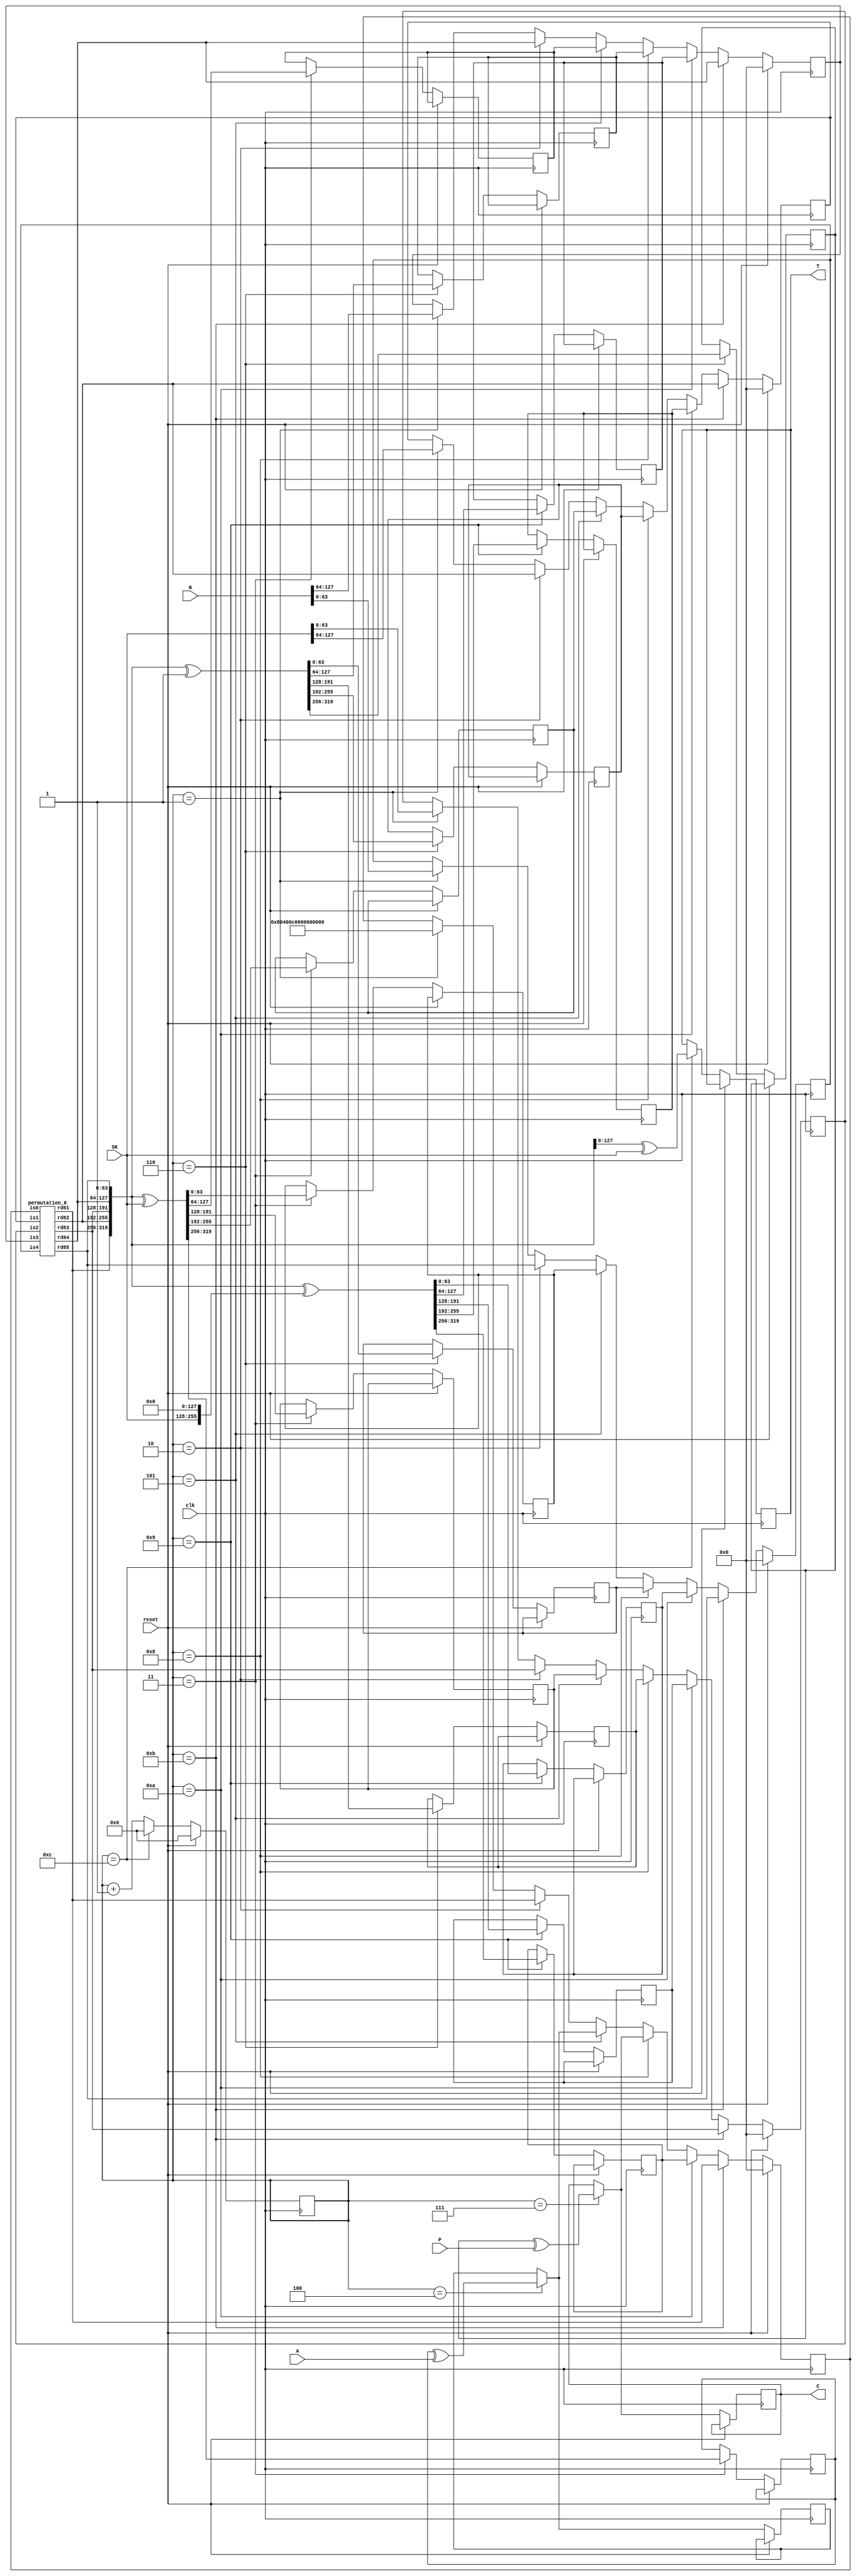
`timescale 1ns / 1ps
//!
//! **PROJECT:**             Lightweight Ascon
//!
//! **LANGUAGE:**            Verilog
//!
//! **FILE:**                encrypt_6blocks_128
//!
//! **AUTHOR(S):**
//!
//!   - Kashif Inayat      - kashif.inayat@inu.ac.kr
//!   - SafiUllah Khan     - safi.jadoon@live.com
//!
//! **CONTRIBUTORS:**
//!
//!   - Fahad Bin Muslim   - fahadbinmuslim@gmail.com
//!
//! **REVISION:**
//!   * 0.0.1 - Initial release. 2024-05-27
//!
//!
//! | Doc | Schematic | TB | ASRT |Params. Val.| Synthesis test| Unify Interface| Functional Model |
//! |-----|-----------|----|------|------------|---------------|----------------|------------------|
//! |    |          |   |     |           |              |               |                 |
module encrypt_6blocks_128(SK, N, A, P, clk, reset, C, T);
    
    input  [127:0] SK, N;
    input  [63:0] A;
    input  [63:0] P;
    input  clk, reset;

    output reg [63:0] C;
    output reg [127:0] T;

    wire [63:0] IV;

    wire [63:0] s11, s12, s13, s14, s15;
    reg [63:0] s21, s22, s23, s24, s25;
    reg [63:0] s31, s32, s33, s34, s35;
    reg [63:0] s41, s42, s43, s44, s45;

    reg  [63:0] i0, i1, i2, i3, i4;
    reg  [7:0] a;
    wire [63:0] o0, o1, o2, o3, o4;
    wire [63:0] s0, s1, s2, s3, s4;
    reg  [5:0] count;
    reg [63:0] t21;

reg [63:0] r10, r11, r12, r13, r14;

assign IV = 64'h80400c0600000000;

assign {s11, s12, s13, s14, s15} = {IV, SK, N};

    permutation_6 p1 (i0, i1, i2, i3, i4, o0, o1, o2, o3, o4);

    assign s0 = o0;
    assign s1 = o1;
    assign s2 = o2;
    assign s3 = o3;
    assign s4 = o4;

        always @(posedge clk)
        begin
                if (reset)
                begin
                count <= 0;
                i0 <= 64'd0;
                i1 <= 64'd0;
                i2 <= 64'd0;
                i3 <= 64'd0;
                i4 <= 64'd0;
                a <= 8'hff;
                end
        else begin
                if (count == 1)
                begin
                i0 <= s11;
                i1 <= s12;
                i2 <= s13;
                i3 <= s14;
                i4 <= s15;
                a <= 8'hff;
                end
                if (count == 2)
                begin
                i0 <= s0;
                i1 <= s1;
                i2 <= s2;
                i3 <= s3;
                i4 <= s4;
                a <= 8'ha5;
                end
              
                
                        if (count == 3)
                        begin
                        {s21, s22, s23, s24, s25} <= {s0, s1, s2, s3, s4} ^ {192'b00, SK};
                        end
                        
                        if (count == 4)
                        begin
                        t21 = s21 ^ A;
                        end
                        
                        if (count == 5)
                        begin
                        i0<=t21;
                        i1<=s22;
                        i2<=s23;
                        i3<=s24;
                        i4<=s25;
                        a <= 8'ha5;
                        end

                        
                                if (count == 6)
                                begin
                                {s31, s32, s33, s34, s35} <= {s0, s1, s2, s3, s4} ^ {319'h0, 1'h1};
                                end
                                if (count == 7)
                                begin
                                C = s31 ^ P;
                                end
                                
                                    if (count == 8)
                                    begin
                                    i0<=C;
                                    i1<=s32;
                                    i2<=s33;
                                    i3<=s34;
                                    i4<=s35;
                                    a <= 8'ha5;
                                    end

                                    
                            if (count == 9)
                            begin
                            {s41, s42, s43, s44, s45} <= {s0, s1, s2, s3, s4} ^ {64'h0, SK, 128'h0};
                            end
                            if (count == 10)
                            begin
                            i0<=s41;
                            i1<=s42;
                            i2<=s43;
                            i3<=s44;
                            i4<=s45;
                            a <= 8'hff;
                            end
                            if (count == 11)
                            begin
                            i0 <= s0;
                            i1 <= s1;
                            i2 <= s2;
                            i3 <= s3;
                            i4 <= s4;
                            a <= 8'hd2;
                            end

                            
                            if (count == 12)
                            begin
                            T <= {s3, s4} ^ SK;
                            count <= 0;
                            end
                            else
                            count <= count+1;
                            end
                            end
                            endmodule

//////////////////////////////////////////////////////////////////////////////

module permutation_6(
                                is0, is1, is2, is3, is4,
                                rd61, rd62, rd63, rd64, rd65
		                );

input [63:0] is0, is1, is2, is3, is4;

wire [63:0] add1, add2, add3, add4, add5, add6;

wire [63:0] rs11, rs12, rs13, rs14, rs15;
wire [63:0] rd11, rd12, rd13, rd14, rd15;

wire [63:0] rs21, rs22, rs23, rs24, rs25;
wire [63:0] rd21, rd22, rd23, rd24, rd25;

wire [63:0] rs31, rs32, rs33, rs34, rs35;
wire [63:0] rd31, rd32, rd33, rd34, rd35;

wire [63:0] rs41, rs42, rs43, rs44, rs45;
wire [63:0] rd41, rd42, rd43, rd44, rd45;

wire [63:0] rs51, rs52, rs53, rs54, rs55;
wire [63:0] rd51, rd52, rd53, rd54, rd55;

wire [63:0] rs61, rs62, rs63, rs64, rs65;
output [63:0] rd61, rd62, rd63, rd64, rd65;


//Round 1
assign add1 = is2 ^ 64'h0000000000000096;
substitution_single s1 (is0, is1, add1, is3, is4, rs11, rs12, rs13, rs14, rs15);
diffusion_single d1 (rs11, rs12, rs13, rs14, rs15, rd11, rd12, rd13, rd14, rd15);

//Round 2
assign add2 = rd13 ^ 64'h0000000000000087;
substitution_single s2 (rd11, rd12, add2, rd14, rd15, rs21, rs22, rs23, rs24, rs25);
diffusion_single d2 (rs21, rs22, rs23, rs24, rs25, rd21, rd22, rd23, rd24, rd25);

//Round 3
assign add3 = rd23 ^ 64'h0000000000000078;
substitution_single s3 (rd21, rd22, add3, rd24, rd25, rs31, rs32, rs33, rs34, rs35);
diffusion_single d3 (rs31, rs32, rs33, rs34, rs35, rd31, rd32, rd33, rd34, rd35);

//Round 4
assign add4 = rd33 ^ 64'h0000000000000069;
substitution_single s4 (rd31, rd32, add4, rd34, rd35, rs41, rs42, rs43, rs44, rs45);
diffusion_single d4 (rs41, rs42, rs43, rs44, rs45, rd41, rd42, rd43, rd44, rd45);

//Round 5
assign add5 = rd43 ^ 64'h000000000000005a;
substitution_single s5 (rd41, rd42, add5, rd44, rd45, rs51, rs52, rs53, rs54, rs55);
diffusion_single d5 (rs51, rs52, rs53, rs54, rs55, rd51, rd52, rd53, rd54, rd55);

//Round 6
assign add6 = rd53 ^ 64'h000000000000004b;
substitution_single s6 (rd51, rd52, add6, rd54, rd55, rs61, rs62, rs63, rs64, rs65);
diffusion_single d6 (rs61, rs62, rs63, rs64, rs65, rd61, rd62, rd63, rd64, rd65);

endmodule


//////////////////////////////////////////////////////////////////////////////////////////////////////////////////////////////////////

module substitution_single(is0, is1, is2, is3, is4, sub3_s0, sub3_s1, sub3_s2, sub3_s3, sub3_s4
    );
    
    input [63:0] is0, is1, is2, is3, is4;
    output [63:0] sub3_s0, sub3_s1, sub3_s2, sub3_s3, sub3_s4;
    
    //--------- Substitution_1
wire [63:0] sub1_s [0:4];

assign sub1_s[0] = is0 ^ is4;
assign sub1_s[1] = is1;
assign sub1_s[2] = is1 ^ is2;
assign sub1_s[3] = is3;
assign sub1_s[4] = is3 ^ is4;


//--------- Substitution_2
wire [63:0] Tval [0:4];
assign Tval[0] = (sub1_s[0] ^ 64'hffffffffffffffff) & sub1_s[1];
assign Tval[1] = (sub1_s[1] ^ 64'hffffffffffffffff) & sub1_s[2];
assign Tval[2] = (sub1_s[2] ^ 64'hffffffffffffffff) & sub1_s[3];
assign Tval[3] = (sub1_s[3] ^ 64'hffffffffffffffff) & sub1_s[4];
assign Tval[4] = (sub1_s[4] ^ 64'hffffffffffffffff) & sub1_s[0];

wire [63:0] sub2_s [0:4];
assign sub2_s[0] = Tval[1] ^ sub1_s[0];
assign sub2_s[1] = Tval[2] ^ sub1_s[1];
assign sub2_s[2] = Tval[3] ^ sub1_s[2];
assign sub2_s[3] = Tval[4] ^ sub1_s[3];
assign sub2_s[4] = Tval[0] ^ sub1_s[4];

//--------- Substitution_3

assign sub3_s0 = sub2_s[0] ^ sub2_s[4];
assign sub3_s1 = sub2_s[1] ^ sub2_s[0];
assign sub3_s2 = sub2_s[2] ^ 64'hFFFFFFFFFFFFFFFF;
assign sub3_s3 = sub2_s[3] ^ sub2_s[2];
assign sub3_s4 = sub2_s[4];
endmodule
/////////////////////////////////////////////////////////////////////////////////////////////

module diffusion_single(sub3_s0, sub3_s1, sub3_s2, sub3_s3, sub3_s4, ose0, ose1, ose2, ose3, ose4

    );
    
    input [63:0] sub3_s0, sub3_s1, sub3_s2, sub3_s3, sub3_s4;
    output [63:0] ose0, ose1, ose2, ose3, ose4; 
    
    
assign ose0 = sub3_s0 ^ ( {sub3_s0[18:0],sub3_s0[63:19]} ^ {sub3_s0[27:0],sub3_s0[63:28]} );
assign ose1 = sub3_s1 ^ ( {sub3_s1[60:0],sub3_s1[63:61]} ^ {sub3_s1[38:0],sub3_s1[63:39]} );
assign ose2 = sub3_s2 ^ ( {sub3_s2[0000],sub3_s2[63:01]} ^ {sub3_s2[05:0],sub3_s2[63:06]} );
assign ose3 = sub3_s3 ^ ( {sub3_s3[09:0],sub3_s3[63:10]} ^ {sub3_s3[16:0],sub3_s3[63:17]} );
assign ose4 = sub3_s4 ^ ( {sub3_s4[06:0],sub3_s4[63:07]} ^ {sub3_s4[40:0],sub3_s4[63:41]} );
endmodule